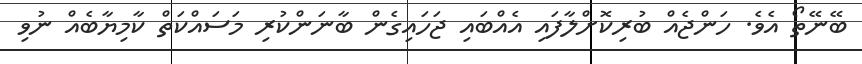
ބޭނޭތޯ އެވެ. ހަންޖެއް ބުރިކޮށްލާފައި އެއްބައި ޖަހައިގެން ބާނަންކުރި މަސައްކަތް ކާމިޔާބެއް ނުވި